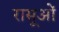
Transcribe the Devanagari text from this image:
रासूओं